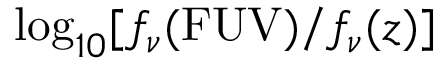
\log _ { 1 0 } [ f _ { \nu } ( \mathrm { F U V } ) / f _ { \nu } ( z ) ]